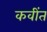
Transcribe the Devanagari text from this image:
कवींत